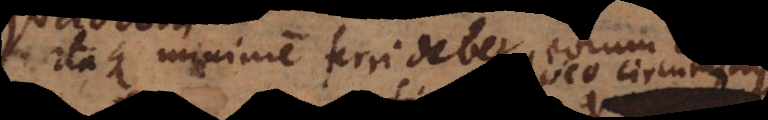
Itaque minime ferri debet eorum